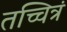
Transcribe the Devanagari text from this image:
तच्चित्रं